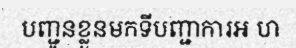
បញ្ជូនខ្លួនមកទីបញ្ជាការអ ហ